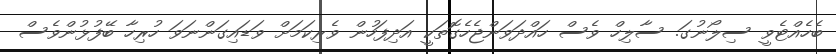
ބެހެއްޓެވީ ސިލޯނުގަ. ސާލިހް ވެސް ހައްދަވަންޖެހެގޮތަކީ އަދިފަހުން ވެރިކަމަށް ވަޑައިގަންނަވަ ހުރިހާ ބޭފުޅުންވެސް